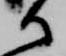
御